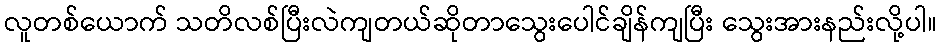
လူတစ်ယောက် သတိလစ်ပြီးလဲကျတယ်ဆိုတာသွေးပေါင်ချိန်ကျပြီး သွေးအားနည်းလို့ပါ။